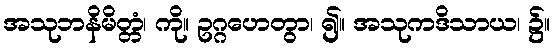
အသုဘနိမိတ္တံ၊ ကို။ ဥဂ္ဂဟေတွာ၊ ၍။ အသုကဒိသာယ၊ ၌။